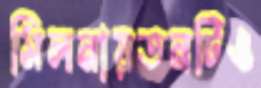
মিলনায়তনটিও